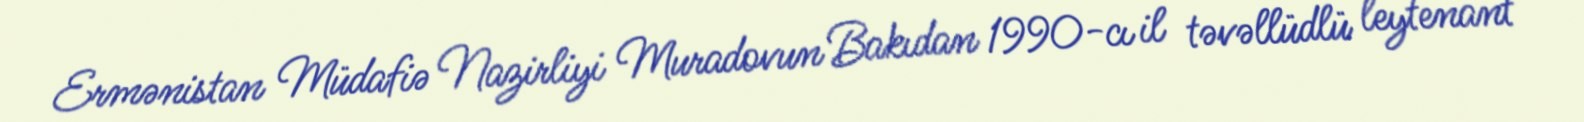
Ermənistan Müdafiə Nazirliyi Muradovun Bakıdan 1990-cı il təvəllüdlü leytenant